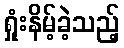
ရှုံးနိမ့်ခဲ့သည့်